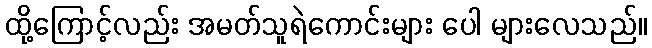
ထို့ကြောင့်လည်း အမတ်သူရဲကောင်းများ ပေါ များလေသည်။